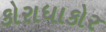
કોરાધાકોર